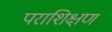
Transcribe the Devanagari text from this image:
पराशिक्षण